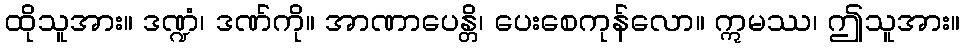
ထိုသူအား။ ဒဏ္ဍံ၊ ဒဏ်ကို။ အာဏာပေန္တိ၊ ပေးစေကုန်လော။ ဣမဿ၊ ဤသူအား။